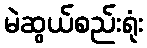
မဲဆွယ်စည်းရုံး